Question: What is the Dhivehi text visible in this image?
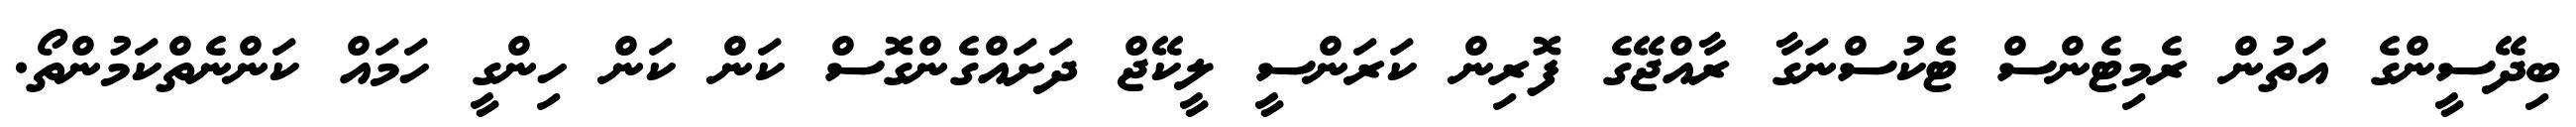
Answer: ބިދޭސީންގެ އަތުން ރެމިޓެންސް ޓެކުސްނަގާ ރާއްޖޭގެ ފޮރިން ކަރަންސީ ލީކޭޖް ދަށައްގެންގޮސް ކަން ކަން ހިންގީ ހަމައް ކަންނެތްކަމުންތޯ.